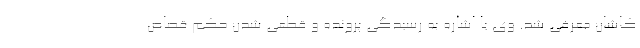
کاشان معرفی شد. وی با اشاره به رسیدگی پرونده و قطعی شدن حکم قصاص